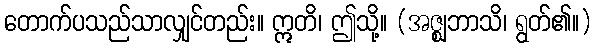
တောက်ပသည်သာလျှင်တည်း။ ဣတိ၊ ဤသို့။ (အဇ္ဈဘာသိ၊ ရွတ်၏။)